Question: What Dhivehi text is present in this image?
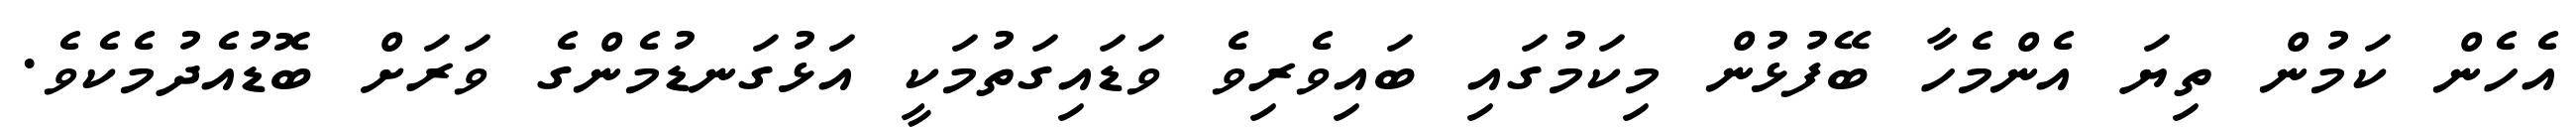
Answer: އެހެން ކަމުން ތިޔަ އެންމެހާ ބޭފުޅުން މިކަމުގައި ބައިވެރިވެ ވަޑައިގަތުމަކީ އަޅުގަނޑުމެންގެ ވަރަށް ބޮޑުއެދުމެކެވެ.